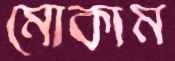
মোকাম